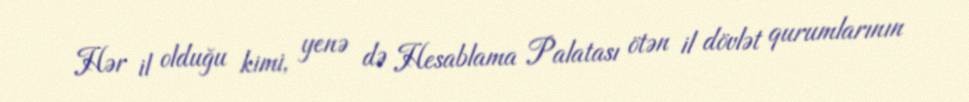
Hər il olduğu kimi, yenə də Hesablama Palatası ötən il dövlət qurumlarının